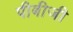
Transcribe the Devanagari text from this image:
पीबीजी